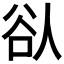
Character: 𫎀